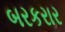
બરકરાર